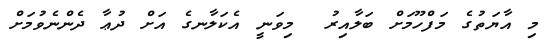
މި އާޔަތުގެ މަފްހޫމަށް ބަލާއިރު  މިވަނީ އެކަލާނގެ އަށް ދުޢާ ދެންނެވުމަށް